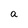
Character: a